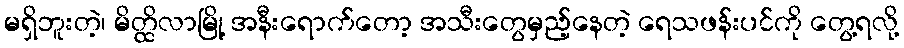
မရှိဘူးတဲ့၊ မိတ္ထိလာမြို့ အနီးရောက်တော့ အသီးတွေမှည့်နေတဲ့ ရေသဖန်းပင်ကို တွေ့ရလို့